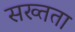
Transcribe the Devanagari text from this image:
सख्तता